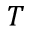
T